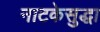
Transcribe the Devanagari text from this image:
नाटकेसुद्धा